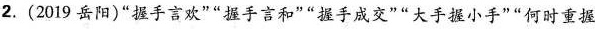
2.(2019岳阳)”握手言欢””握手言和””握手成交””大手握小手””何时重握